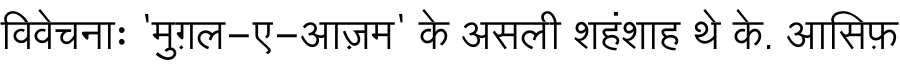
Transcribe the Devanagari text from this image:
विवेचनाः 'मुग़ल-ए-आज़म' के असली शहंशाह थे के. आसिफ़